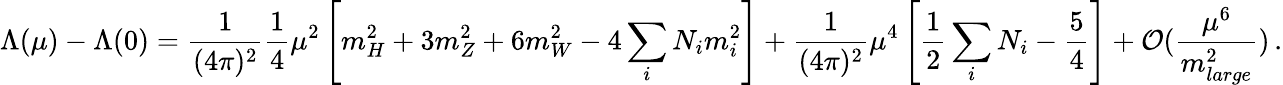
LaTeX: \Lambda(\mu)-\Lambda(0)=\frac{1}{(4\pi)^{2}}\frac{1}{4}\mu^{2}\left[m_{H}^{2}+3m_{Z}^{2}+6m_{W}^{2}-4\sum_{i}N_{i}m_{i}^{2}\right]+\frac{1}{(4\pi)^{2}}\mu^{4}\left[\frac{1}{2}\sum_{i}N_{i}-\frac{5}{4}\right]+\mathcal{O}(\frac{\mu^{6}}{m_{large}^{2}})\, .